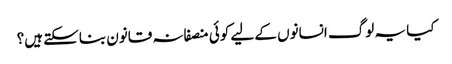
کیا یہ لوگ انسانوں کے لیے کوئی منصفانہ قانون بناسکتے ہیں؟